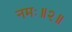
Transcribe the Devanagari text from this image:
नमः॥२॥